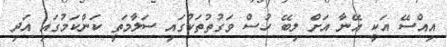
އިއްސޭ އަކީ އޭނާ އަށް ލިބޭ ހުސް ވަގުތުތަކުގައި ސަލާމަތީ ކަންކަމުގައި އަދި